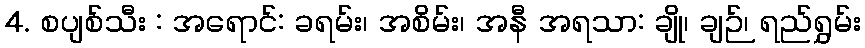
4. စပျစ်သီး : အရောင်: ခရမ်း၊ အစိမ်း၊ အနီ အရသာ: ချို၊ ချဉ်၊ ရည်ရွှမ်း